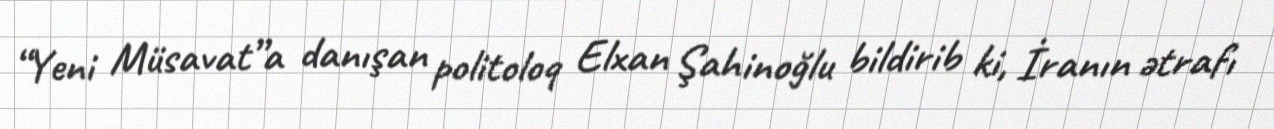
“Yeni Müsavat”a danışan politoloq Elxan Şahinoğlu bildirib ki, İranın ətrafı